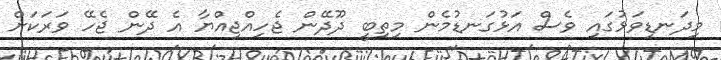
މިދަނޑިވަޅުގައި ވެސް އަޅުގަނޑުމެން މިތިބީ ދޫދޭން ޖެހިއްޖިއްޔާ އެ ދޭން ޖެހޭ ވަރަކަށް